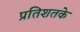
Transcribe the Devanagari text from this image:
प्रतिशतके